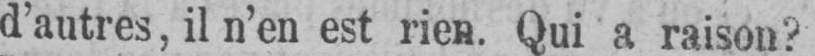
d’autres, il n’en est rien. Qui a raison?